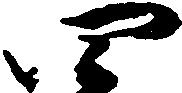
四